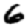
Digit: 6